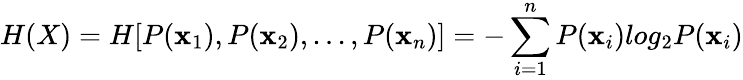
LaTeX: H(X)=H[P(\mathbf{x}_{1}),P(\mathbf{x}_{2}),...,P(\mathbf{x}_{n})]=-\sum_{i=1}^{n}P(\mathbf{x}_{i})log_{2}P(\mathbf{x}_{i})